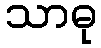
သာဓု